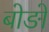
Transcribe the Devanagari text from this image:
बोङो